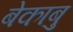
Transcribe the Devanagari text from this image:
बेकाबु